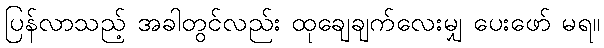
ပြန်လာသည့် အခါတွင်လည်း ထုချေချက်လေးမျှ ပေးဖော် မရ။